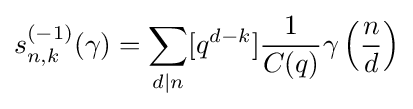
s_{n,k}^{(-1)}(\gamma )=\sum _{d|n}[q^{d-k}]{\frac {1}{C(q)}}\gamma \left({\frac {n}{d}}\right)